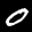
Label: 0